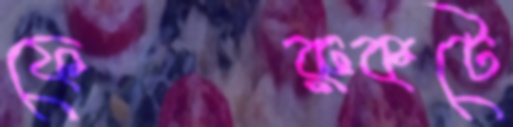
ফেরুকটে